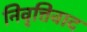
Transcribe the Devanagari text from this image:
निवृत्तिवाद